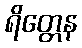
ရိတ္တေန